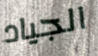
الجياد